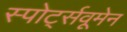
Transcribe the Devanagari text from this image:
स्पोर्ट्सवूमेन